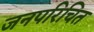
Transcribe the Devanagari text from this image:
जनपरिचित